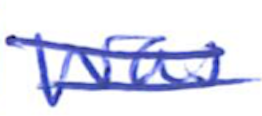
Text: was
Cross-out: double-line
Writing tool: ballpoint